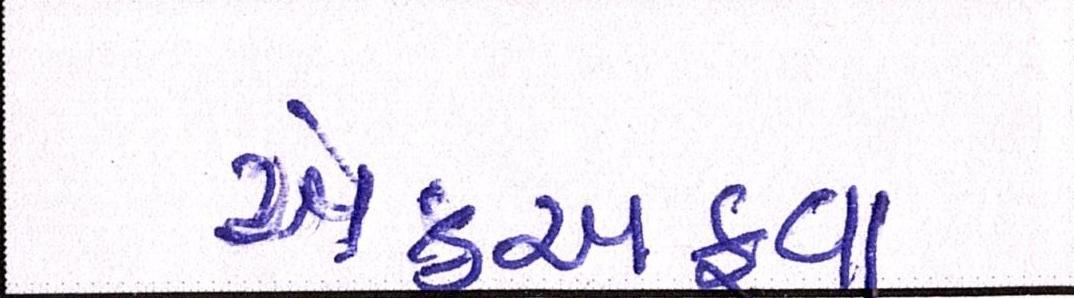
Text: એકઅફવા